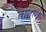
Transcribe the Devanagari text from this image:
तातल